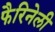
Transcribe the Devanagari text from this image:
फैरिनेली